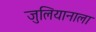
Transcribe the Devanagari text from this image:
जुलियानाला